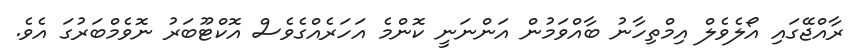
ރާއްޖޭގައި އޯލެވެލް އިމްތިހާނު ބާއްވަމުން އަންނަނީ ކޮންމެ އަހަރެއްގެވެސް އޮކްޓޫބަރު ނޮވެމްބަރުގަ އެވެ.